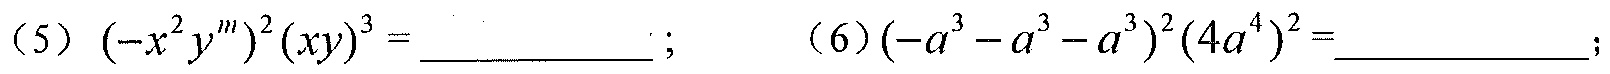
（5）\((-x^{2}y^{m})^{2}(xy)^{3}=\underline{\quad\quad}\)； （6）\((-a^{3}-a^{3}-a^{3})^{2}(4a^{4})^{2}=\underline{\quad\quad}\)；